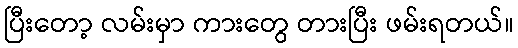
ပြီးတော့ လမ်းမှာ ကားတွေ တားပြီး ဖမ်းရတယ်။